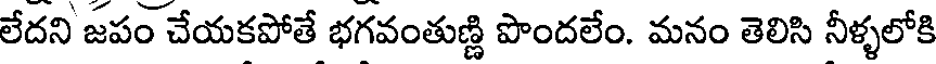
లేదని జపం చేయకపోతే భగవంతుణ్ణి పొందలేం. మనం తెలిసి నీళ్ళలోకి